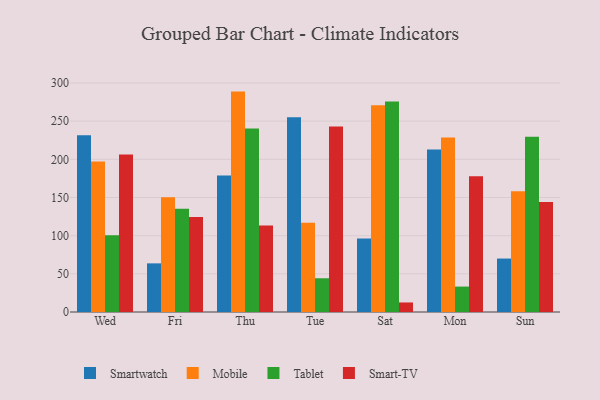
{"axis": {"x": "Day", "y": "Demand Index"}, "legend": ["Mobile", "Smart-TV", "Smartwatch", "Tablet"], "data": [{"x": "Wed", "y": 231.6, "type": "Smartwatch"}, {"x": "Wed", "y": 197.3, "type": "Mobile"}, {"x": "Wed", "y": 100.4, "type": "Tablet"}, {"x": "Wed", "y": 206.2, "type": "Smart-TV"}, {"x": "Fri", "y": 63.7, "type": "Smartwatch"}, {"x": "Fri", "y": 150.4, "type": "Mobile"}, {"x": "Fri", "y": 135.1, "type": "Tablet"}, {"x": "Fri", "y": 124.6, "type": "Smart-TV"}, {"x": "Thu", "y": 178.8, "type": "Smartwatch"}, {"x": "Thu", "y": 288.7, "type": "Mobile"}, {"x": "Thu", "y": 240.3, "type": "Tablet"}, {"x": "Thu", "y": 113.4, "type": "Smart-TV"}, {"x": "Tue", "y": 255.1, "type": "Smartwatch"}, {"x": "Tue", "y": 117.0, "type": "Mobile"}, {"x": "Tue", "y": 44.2, "type": "Tablet"}, {"x": "Tue", "y": 243.0, "type": "Smart-TV"}, {"x": "Sat", "y": 96.2, "type": "Smartwatch"}, {"x": "Sat", "y": 270.9, "type": "Mobile"}, {"x": "Sat", "y": 275.6, "type": "Tablet"}, {"x": "Sat", "y": 12.5, "type": "Smart-TV"}, {"x": "Mon", "y": 212.7, "type": "Smartwatch"}, {"x": "Mon", "y": 228.5, "type": "Mobile"}, {"x": "Mon", "y": 33.3, "type": "Tablet"}, {"x": "Mon", "y": 177.8, "type": "Smart-TV"}, {"x": "Sun", "y": 70.0, "type": "Smartwatch"}, {"x": "Sun", "y": 158.3, "type": "Mobile"}, {"x": "Sun", "y": 229.4, "type": "Tablet"}, {"x": "Sun", "y": 144.0, "type": "Smart-TV"}]}